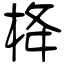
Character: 栙